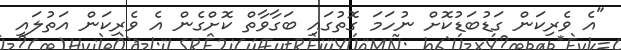
"އެ ވެރިކަން ގަޑުބަޑުކޮށް ނުހަމަ ގޮތުގައި ބަގާވާތް ކޮށްގެން އެ ވެރިކަން އަތުލައި